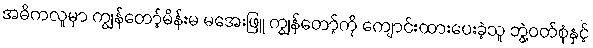
အဓိကလူမှာ ကျွန်တော့်မိန်းမ မအေးဖြူ ကျွန်တော့်ကို ကျောင်းထားပေးခဲ့သူ ဘွဲ့ဝတ်စုံနှင့်